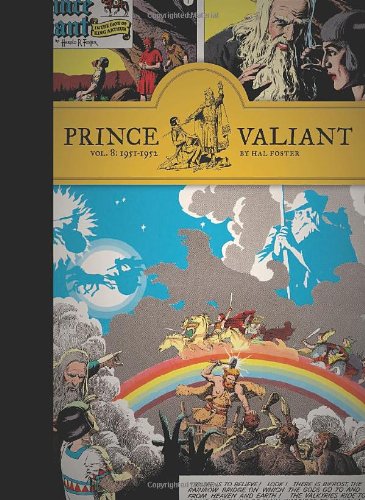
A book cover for Prince Valiant, Vol. 8: 1951-1952; Hal Foster; Comics & Graphic Novels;